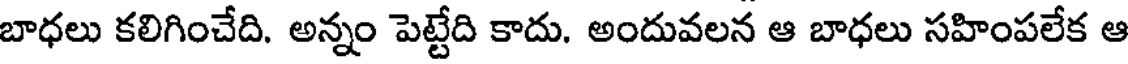
బాధలు కలిగించేది. అన్నం పెట్టేది కాదు. అందువలన ఆ బాధలు సహింపలేక ఆ